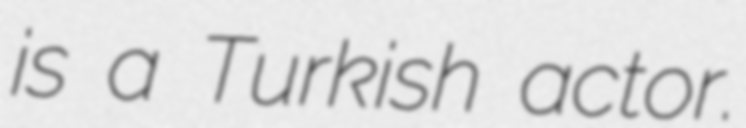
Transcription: is a Turkish actor.